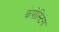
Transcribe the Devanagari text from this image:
कंपोस्टिंग